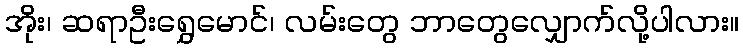
အိုး၊ ဆရာဦးရွှေမောင်၊ လမ်းတွေ ဘာတွေလျှောက်လို့ပါလား။